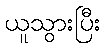
ယူသွားပြီး